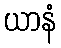
ယာနံ